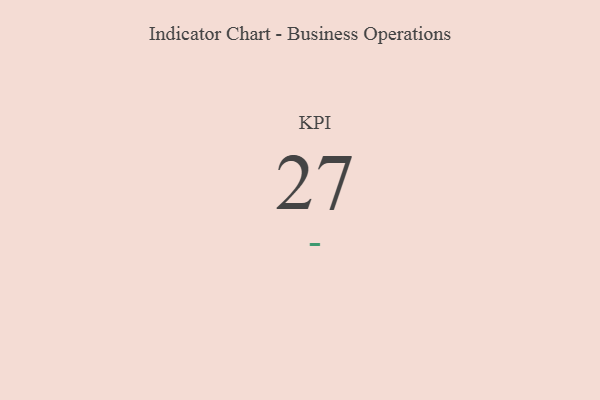
{"axis": {"x": "KPI", "y": "Value"}, "legend": [""], "data": [{"x": "KPI", "y": 27, "type": ""}]}